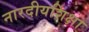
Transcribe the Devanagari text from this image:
नारदीयशिक्षा